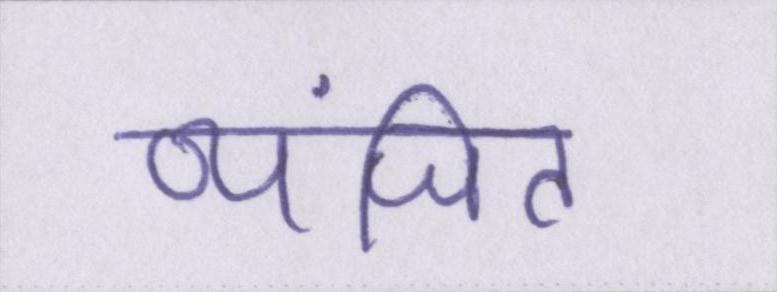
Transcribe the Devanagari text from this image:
व्यंजित